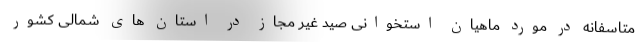
متاسفانه در مورد ماهیان استخوانی صید غیر مجاز در استان های شمالی کشور